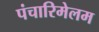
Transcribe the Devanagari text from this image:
पंचारिमेलम